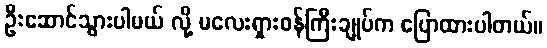
ဦးဆောင်သွားပါမယ် လို့ မလေးရှားဝန်ကြီးချုပ်က ပြောထားပါတယ်။